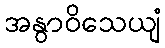
အနွာဝိသေယျံ